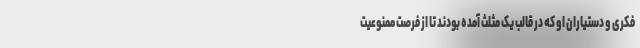
فکری و دستیاران او که در قالب یک مثلث آمده بودند تا از فرصت ممنوعیت